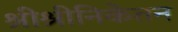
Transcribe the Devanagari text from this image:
श्रीश्रीनिकेतन